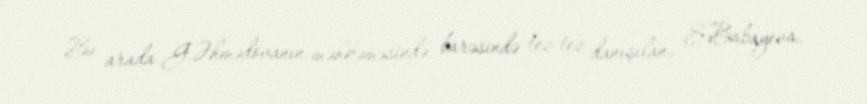
Bu arada G.Əhmədovanın məhkəməsində barəsində tez-tez danışılan, S.Babayeva,